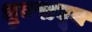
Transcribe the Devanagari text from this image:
धुमसवून